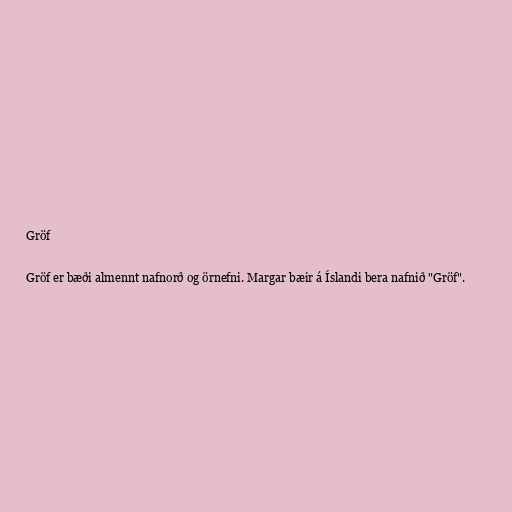
Gröf

Gröf er bæði almennt nafnorð og örnefni. Margar bæir á Íslandi bera nafnið "Gröf".